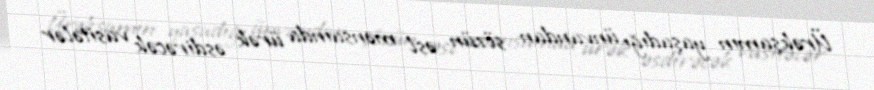
Ürəkşamın yaşadığı ünvandan sözün əsl mənsaında ürək əsdirəcək vasitələr